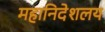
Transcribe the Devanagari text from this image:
महानिदेशलय